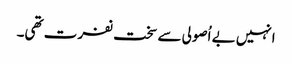
انہیں بے اُصولی سے سخت نفرت تھی۔